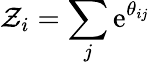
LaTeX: \mathcal{Z}_{i}=\sum_{j}\mathrm{e}^{\theta_{ij}}